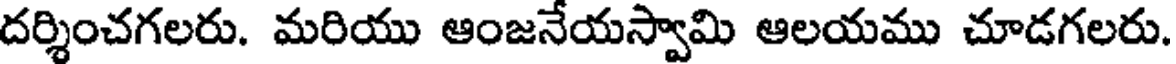
దర్శించగలరు. మరియు ఆంజనేయస్వామి ఆలయము చూడగలరు.